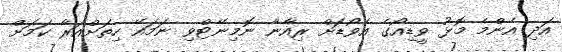
އަދި އެންމެ މޮޅު ވީޑިއޯގެ އެވޯޑަށް ރިއާނާ ނޮމިނޭޓްވި ނަމައޭ ހިތަށްއަރާ ކަމަށް